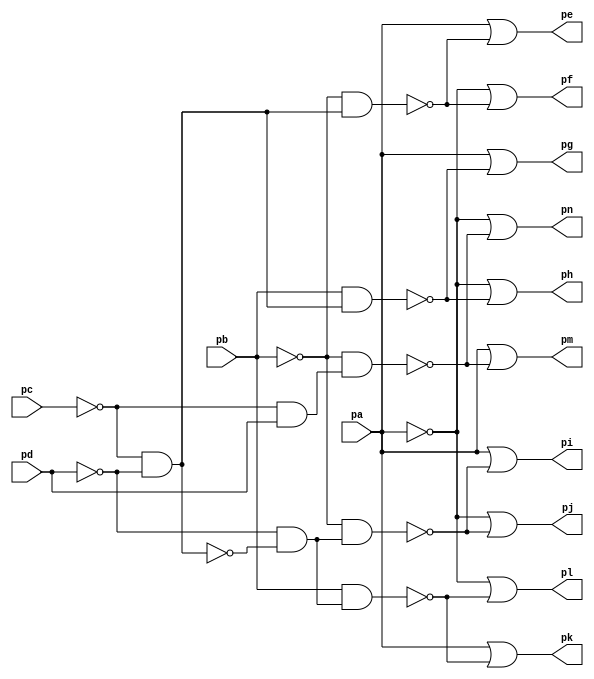
module top ( 
    pa, pb, pc, pd,
    pe, pf, pg, ph, pi, pj, pk, pl, pm, pn  );
  input  pa, pb, pc, pd;
  output pe, pf, pg, ph, pi, pj, pk, pl, pm, pn;
  wire new_n15_, new_n16_, new_n19_, new_n22_, new_n23_, new_n26_, new_n29_,
    new_n30_;
  assign new_n15_ = ~pc & ~pd;
  assign new_n16_ = ~pb & new_n15_;
  assign pe = pa | ~new_n16_;
  assign pf = ~pa | ~new_n16_;
  assign new_n19_ = pb & new_n15_;
  assign pg = pa | ~new_n19_;
  assign ph = ~pa | ~new_n19_;
  assign new_n22_ = ~pd & ~new_n15_;
  assign new_n23_ = ~pb & new_n22_;
  assign pi = pa | ~new_n23_;
  assign pj = ~pa | ~new_n23_;
  assign new_n26_ = pb & new_n22_;
  assign pk = pa | ~new_n26_;
  assign pl = ~pa | ~new_n26_;
  assign new_n29_ = ~pc & pd;
  assign new_n30_ = ~pb & new_n29_;
  assign pm = pa | ~new_n30_;
  assign pn = ~pa | ~new_n30_;
endmodule